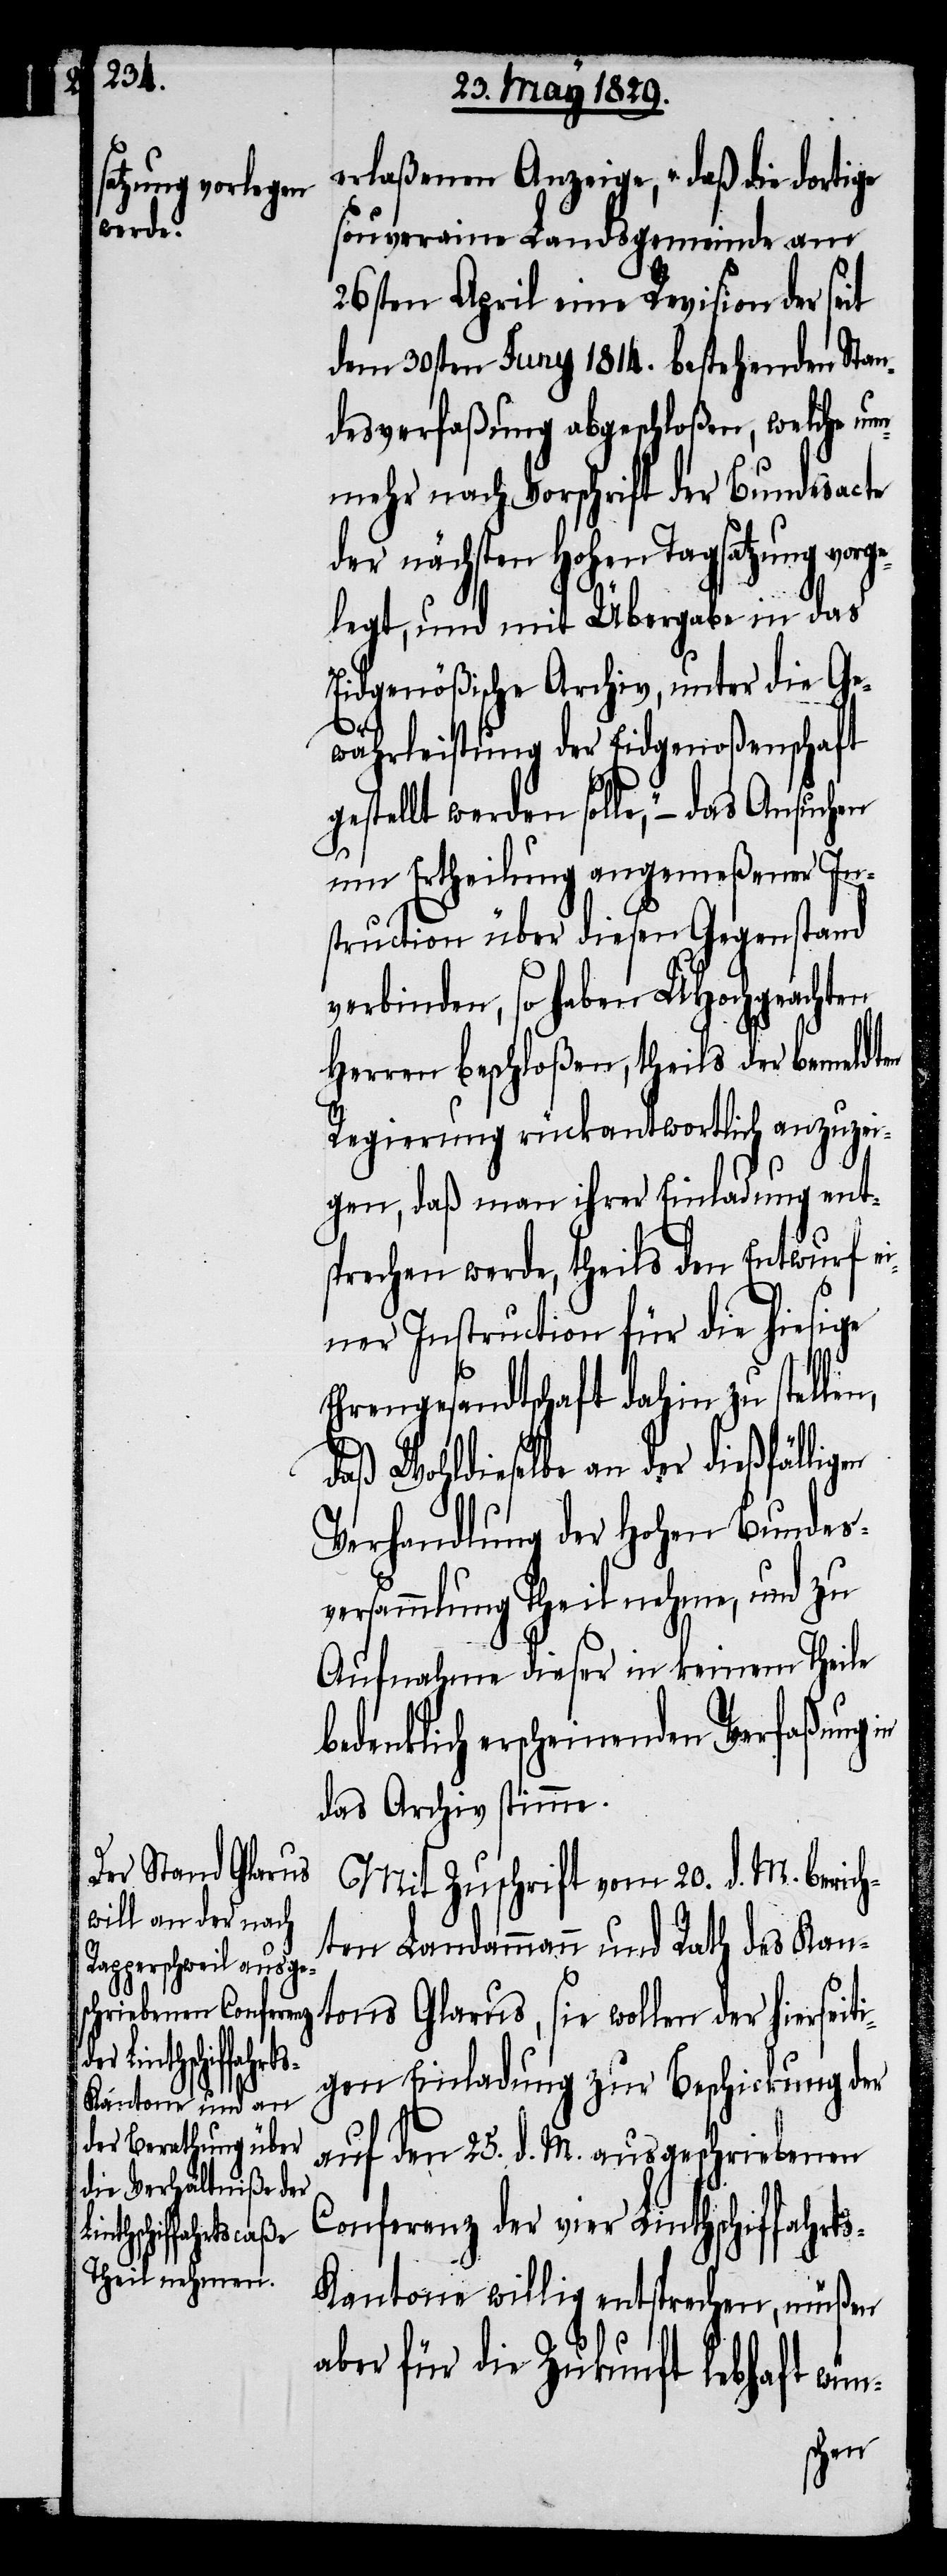
erlaßenen Anzeige, „daß die dortige
souveraine Landsgemeinde am
26sten April eine Revision der seit
dem 30sten Juny 1814. bestehenden Stan¬
desverfaßung abgeschloßen, welche nu¬
nmehr nach Vorschrift der Bundesacte
der nächsten Hohen Tagsatzung vor¬
gelegt, und mit Übergabe in das
Eidgenößische Archiv, unter die Ge¬
währleistung der Eidgenoßenschaft
gestellt werden solle,“– das Ansuchen
um Ertheilung angemeßener In¬
struction über diesen Gegenstand
verbinden, so haben UHochgeachten
Herren beschloßen, theils der bemeldten
Regierung rückantwortlich anzuzei¬
gen, daß man ihrer Einladung ent¬
sprechen werde, theils den Entwurf ei¬
ner Instruction für die hiesige
Ehrengesandtschaft dahin zu stellen,
daß Wohldieselbe an der dießfälligen
Verhandlung der Hohen Bundes¬
versammlung Theil nehme, und zu
Aufnahme dieser in keinem Theile
bedenklich erscheinenden Verfaßung
das Archiv stimme.
Mit Zuschrift vom 20. d. M. berich¬
ten Landammann und Rath des Kan¬
tons Glarus, sie wollen der hierseiti¬
gen Einladung zur Beschickung der
auf den 25. d. M. ausgeschriebenen
Conferenz der vier Linthschiffahrt¬
s-Kantone willig entsprechen, müßen
aber für die Zukunft lebhaft wün-